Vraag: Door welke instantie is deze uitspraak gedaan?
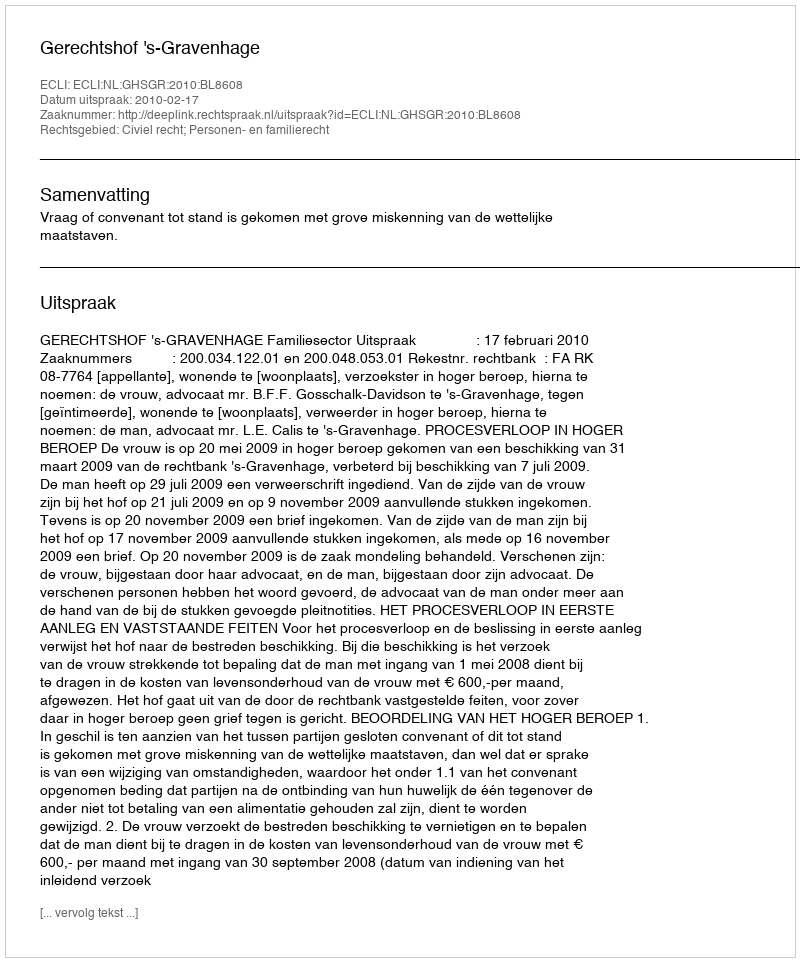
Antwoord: Gerechtshof 's-Gravenhage